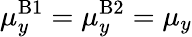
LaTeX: \mu_{y}^{\mathrm{B}1}=\mu_{y}^{\mathrm{B}2}=\mu_{y}